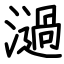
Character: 濄